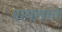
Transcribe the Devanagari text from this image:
पावलाने